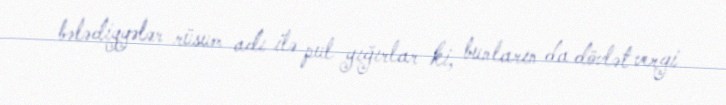
bələdiyyələr rüsum adı ilə pul yığırlar ki, bunların da dövlət vergi